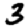
Digit: 3